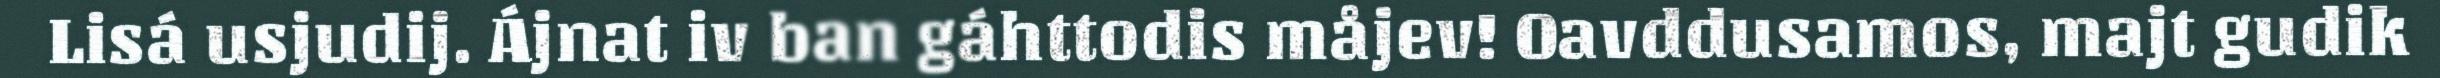
Lisá usjudij. Ájnat iv ban gáhttodis måjev! Oavddusamos, majt gudik